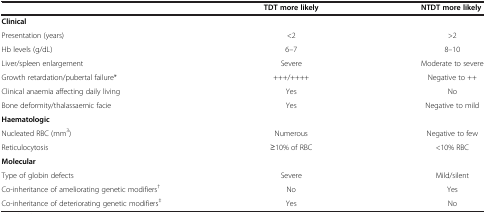
<table><thead><tr><td></td><td><b>TDT more likely</b></td><td><b>NTDT more likely</b></td></tr></thead><tbody><tr><td colspan="3"><b>Clinical</b></td></tr><tr><td>Presentation (years)</td><td>&lt;2</td><td>&gt;2</td></tr><tr><td>Hb levels (g/dL)</td><td>6–7</td><td>8–10</td></tr><tr><td>Liver/spleen enlargement</td><td>Severe</td><td>Moderate to severe</td></tr><tr><td>Growth retardation/pubertal failure*</td><td>+++/++++</td><td>Negative to ++</td></tr><tr><td>Clinical anaemia affecting daily living</td><td>Yes</td><td>No</td></tr><tr><td>Bone deformity/thalassaemic facie</td><td>Yes</td><td>Negative to mild</td></tr><tr><td colspan="3"><b>Haematologic</b></td></tr><tr><td>Nucleated RBC (mm<sup>3</sup>)</td><td>Numerous</td><td>Negative to few</td></tr><tr><td>Reticulocytosis</td><td>≥10% of RBC</td><td>&lt;10% RBC</td></tr><tr><td colspan="3"><b>Molecular</b></td></tr><tr><td>Type of globin defects</td><td>Severe</td><td>Mild/silent</td></tr><tr><td>Co-inheritance of ameliorating genetic modifiers<sup>†</sup></td><td>No</td><td>Yes</td></tr><tr><td>Co-inheritance of deteriorating genetic modifiers<sup>‡</sup></td><td>Yes</td><td>No</td></tr></tbody></table>